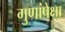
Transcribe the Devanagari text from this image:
गुणांपेक्षा